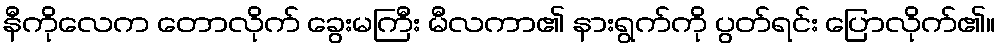
နီကိုလေက တောလိုက် ခွေးမကြီး မီလကာ၏ နားရွက်ကို ပွတ်ရင်း ပြောလိုက်၏။